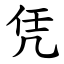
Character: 凭